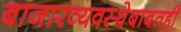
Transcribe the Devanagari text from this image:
बाजारव्यवस्थेबाबतही